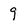
Character: 9